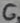
Text: 6